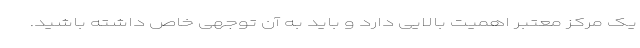
یک مرکز معتبر اهمیت بالایی دارد و باید به آن توجهی خاص داشته باشید.